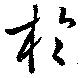
於